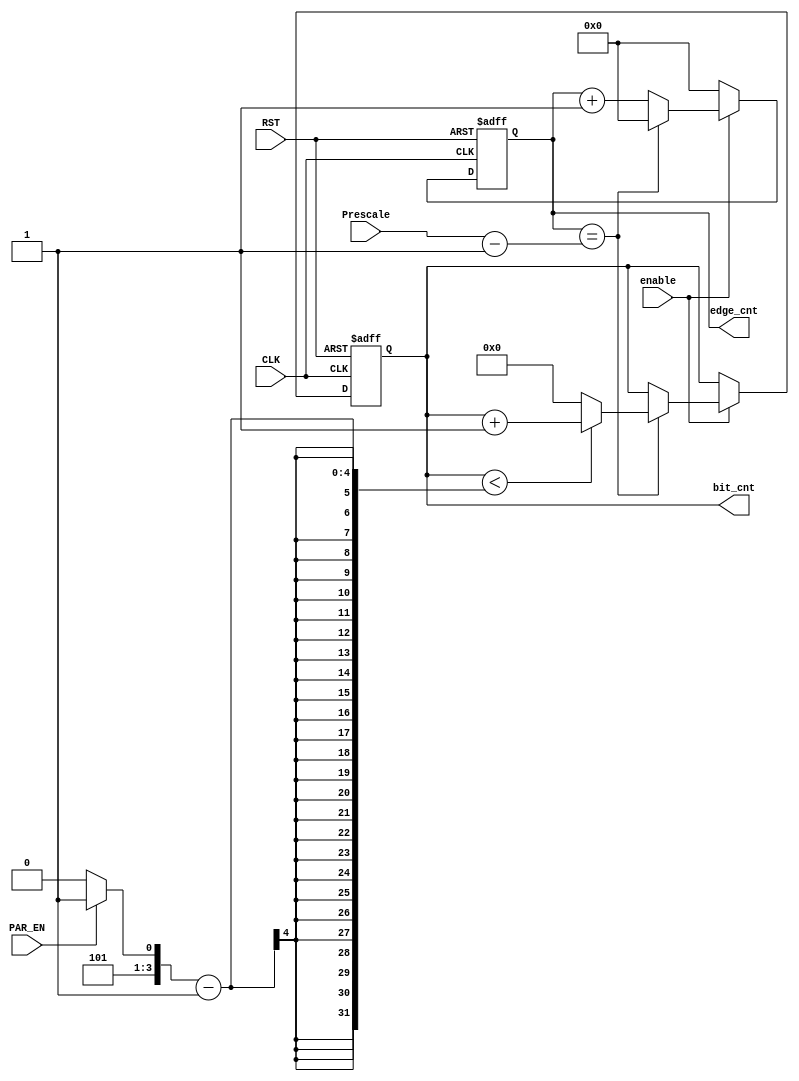
module edge_bit_counter 

//#(parameter prescale_v = 16)

( input            enable,
  input            RST, CLK,
  input            PAR_EN,
  input      [5:0] Prescale,
 
  output reg [5:0] edge_cnt,
  output reg [3:0] bit_cnt
  
);
reg [3:0] bit_cnt_end;


always@(PAR_EN)
begin
 if(PAR_EN)
 begin
 bit_cnt_end=4'd11;
 end
 else
 begin
 bit_cnt_end=4'd10;
 end
end

always @(posedge CLK or negedge RST)
 begin
	if (!RST) 
	 begin
		edge_cnt<=4'b0;
		bit_cnt<=4'b0;
	 end
	
	else if (enable) 
	 begin

	  if(edge_cnt==(Prescale-5'b1))	
	   begin
	    edge_cnt<=4'b0;

	    if (bit_cnt<bit_cnt_end-1) 
	     	 bit_cnt<=bit_cnt+4'b1;
	   
	    else 
	       bit_cnt<=4'b0;
     end
	   

    else 
     begin
      edge_cnt<=edge_cnt+4'b1;	
     end
     
    end
    
  else 
	 begin
		edge_cnt<=6'b0;
		end
	
end



endmodule